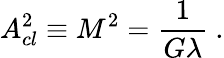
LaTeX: A_{cl}^{2}\equiv M^{2}=\frac{1}{G\lambda}\ .